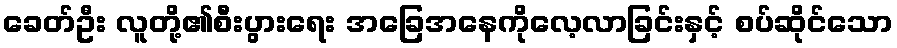
ခေတ်ဦး လူတို့၏စီးပွားရေး အခြေအနေကိုလေ့လာခြင်းနှင့် စပ်ဆိုင်သော